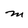
Character: M